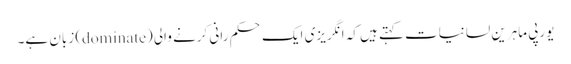
یورپی ماہرینِ لسانیات کہتے ہیں کہ انگریزی ایک حکم رانی کرنے والی (dominate) زبان ہے۔